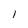
Character: 1